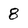
Character: 8